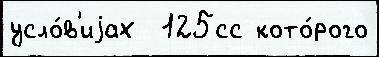
усло́в'иjах  125сс кото́рого